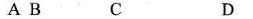
A B C D